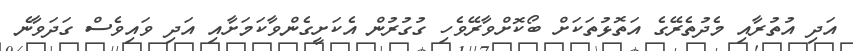
އަދި އުތުރާއި މެދުތެރޭގެ އަތޮޅުތަކަށް ބޯކޮށްވާރޭވެހި ގުގުރުން އެކަށީގެންވާކަމަށާއި އަދި ވައިވެސް ގަދަވާނެ